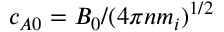
c _ { A 0 } = B _ { 0 } / ( 4 \pi n m _ { i } ) ^ { 1 / 2 }